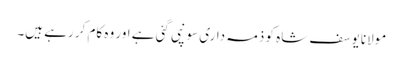
مولانا یوسف شاہ کو ذمہ داری سونپی گئی ہے اور وہ کام کر رہے ہیں۔